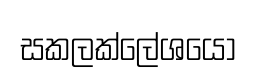
සකලක්ලේශයෝ